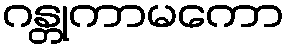
ဂန္တုကာမကော